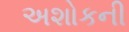
અશોકની